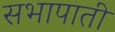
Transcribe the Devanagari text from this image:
सभापाती